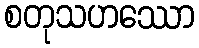
စတုသဟဿော